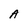
Character: A